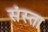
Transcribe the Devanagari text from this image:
संस्ता